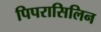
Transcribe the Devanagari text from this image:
पिपरासिलिन